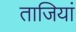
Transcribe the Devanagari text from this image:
ताजियां